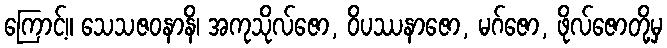
ကြောင့်။ သေသဇဝနာနိ၊ အကုသိုလ်ဇော, ဝိပဿနာဇော, မဂ်ဇော, ဖိုလ်ဇောတို့မှ